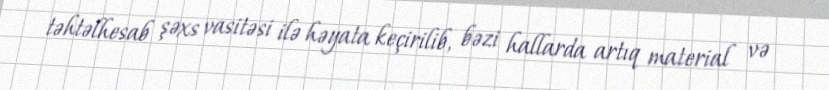
təhtəlhesab şəxs vasitəsi ilə həyata keçirilib, bəzi hallarda artıq material və